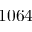
1 0 6 4